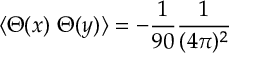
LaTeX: \langle \Theta ( x ) \ \Theta ( y ) \rangle = - \frac { 1 } { 9 0 } \frac { 1 } { ( 4 \pi ) ^ { 2 } }